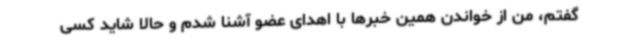
گفتم، من از خواندن همین خبرها با اهدای عضو آشنا شدم و حالا شاید کسی